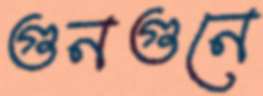
গুনগুনে